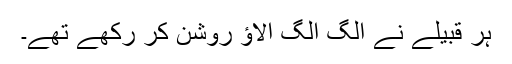
ہر قبیلے نے الگ الگ الاؤ روشن کر رکھے تھے۔